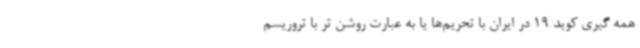
همه گیری کوید 19 در ایران با تحریم‌ها یا به عبارت روشن تر با تروریسم